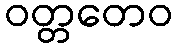
ဝတ္တတေဝ